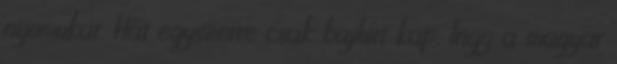
nyomukat. Hát egyszerre csak bajhírt kap. Irigy a magyar